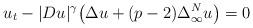
LaTeX: \begin{align*} u_t-|Du|^{\gamma}\big(\Delta u+(p-2)\Delta_\infty^Nu\big)=0\end{align*}